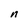
Character: n